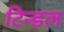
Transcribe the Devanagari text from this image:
टिन्डल